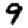
Digit: 9